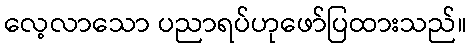
လေ့လာသော ပညာရပ်ဟုဖော်ပြထားသည်။